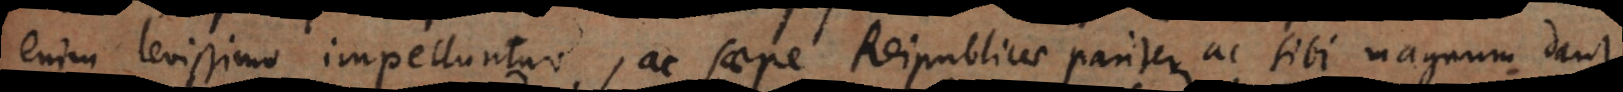
enim levissimo impelluntur, ac saepe Reipublicae pariter ac sibi magnum dant